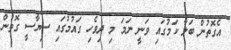
އެގޮތުން ބަލާ ކަމުގައި ވަނީ ނަމަ މި ދިވެހި ގައުމުގައި ސިޔާސީ ގޮތުން